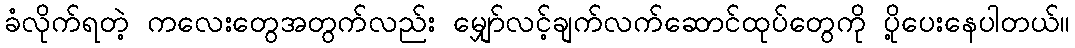
ခံလိုက်ရတဲ့ ကလေးတွေအတွက်လည်း မျှော်လင့်ချက်လက်ဆောင်ထုပ်တွေကို ပို့ပေးနေပါတယ်။